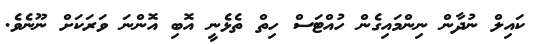
ކައިލް ނުދާން ނިންމައިގެން ހުއްޓަސް ހިތް ތެޅެނީ އޮބި އޮންނަ ވަރަކަށް ނޫނެވެ.